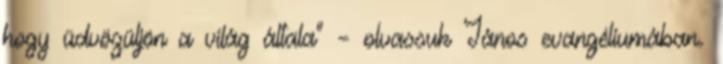
hogy üdvözüljön a világ általa” – olvassuk János evangéliumában.